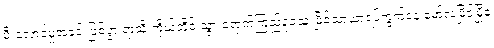
မီးလောင်မှုအခင်းဖြစ်ပွားရာသို့ ကိုယ်တိုင် သွားရောက်ကြည့်ရှုခဲ့သူ မြိုင်သာယာရပ်ကွက်နေ မော်လမြိုင်မြို့ခံ